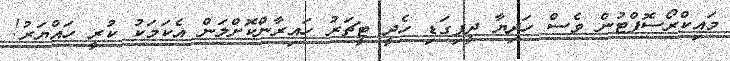
މައިކްރޯސޮފްޓުން ވެސް ހަދިޔާ ދީފިގަޑި ހެދީ ޓީޗަރު ހައިރާންކޮށްލަން އެކަމަކު ކުރީ ހައްޔަރު!